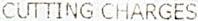
CUTTING CHARGES